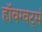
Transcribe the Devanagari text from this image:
हॉवग्वर्ट्स